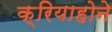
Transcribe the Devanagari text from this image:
क्रियाहोने